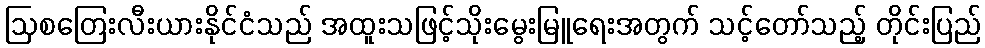
ဩစတြေးလီးယားနိုင်ငံသည် အထူးသဖြင့်သိုးမွေးမြူရေးအတွက် သင့်တော်သည့် တိုင်းပြည်